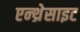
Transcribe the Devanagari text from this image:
एन्थ्रेसाइट